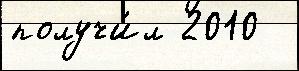
получи́л 2010